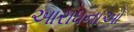
આરાધનાઓ